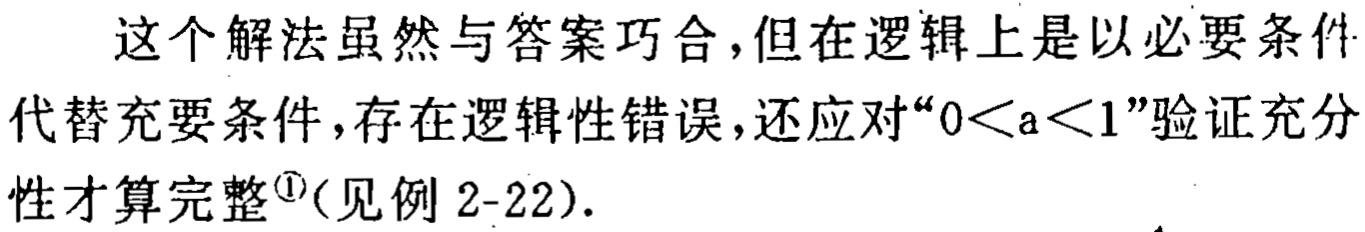
这个解法虽然与答案巧合,但在逻辑上是以必要条件代替充要条件,存在逻辑性错误,还应对“\(0 < a < 1\)”验证充分性才算完整\(^{\textcircled{1}}\)(见例 2-22).